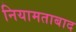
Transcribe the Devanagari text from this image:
नियामताबाद